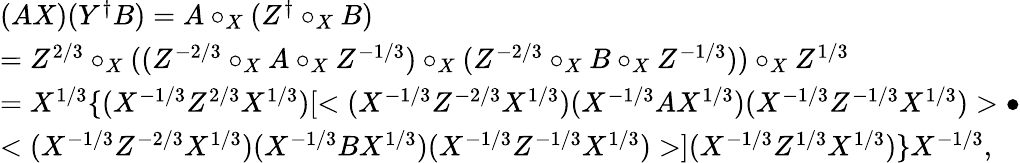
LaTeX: \begin{array}{l}{{(AX)(Y^{\dagger}B)=A\circ_{X}(Z^{\dagger}\circ_{X}B)}}\\ {{=Z^{2/3}\circ_{X}((Z^{-2/3}\circ_{X}A\circ_{X}Z^{-1/3})\circ_{X}(Z^{-2/3}\circ_{X}B\circ_{X}Z^{-1/3}))\circ_{X}Z^{1/3}}}\\ {{=X^{1/3}\{ (X^{-1/3}Z^{2/3}X^{1/3})[<(X^{-1/3}Z^{-2/3}X^{1/3})(X^{-1/3}AX^{1/3})(X^{-1/3}Z^{-1/3}X^{1/3})>\bullet}}\\ {{<(X^{-1/3}Z^{-2/3}X^{1/3})(X^{-1/3}BX^{1/3})(X^{-1/3}Z^{-1/3}X^{1/3})>](X^{-1/3}Z^{1/3}X^{1/3})\} X^{-1/3},}}\end{array}